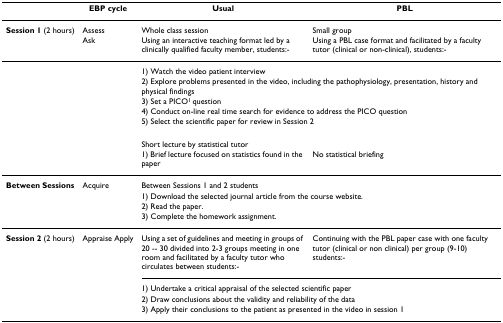
|  | EBP cycle | Usual | PBL |
 | --- | --- | --- | --- |
 | Session 1 (2 hours) | AssessAsk | Whole class sessionUsing an interactive teaching format led by a clinically qualified faculty member, students:- | Small groupUsing a PBL case format and facilitated by a faculty tutor (clinical or non-clinical), students:- |
 |  |  | <COLSPAN=2> 1) Watch the video patient interview |
 |  |  | <COLSPAN=2> 2) Explore problems presented in the video, including the pathophysiology, presentation, history and physical findings |
 |  |  | <COLSPAN=2> 3) Set a PICO1 question |
 |  |  | <COLSPAN=2> 4) Conduct on-line real time search for evidence to address the PICO question |
 |  |  | <COLSPAN=2> 5) Select the scientific paper for review in Session 2 |
 |  |  | <COLSPAN=2> Short lecture by statistical tutor |
 |  |  | 1) Brief lecture focused on statistics found in the paper | No statistical briefing |
 | Between Sessions | Acquire | <COLSPAN=2> Between Sessions 1 and 2 students |
 |  |  | <COLSPAN=2> 1) Download the selected journal article from the course website. |
 |  |  | <COLSPAN=2> 2) Read the paper. |
 |  |  | <COLSPAN=2> 3) Complete the homework assignment. |
 | Session 2 (2 hours) | Appraise Apply | Using a set of guidelines and meeting in groups of 20 -- 30 divided into 2-3 groups meeting in one room and facilitated by a faculty tutor who circulates between students:- | Continuing with the PBL paper case with one faculty tutor (clinical or non clinical) per group (9-10) students:- |
 |  |  | <COLSPAN=2> 1) Undertake a critical appraisal of the selected scientific paper |
 |  |  | <COLSPAN=2> 2) Draw conclusions about the validity and reliability of the data |
 |  |  | <COLSPAN=2> 3) Apply their conclusions to the patient as presented in the video in session 1 |